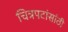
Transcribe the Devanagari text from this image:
चित्रपटांसांठी